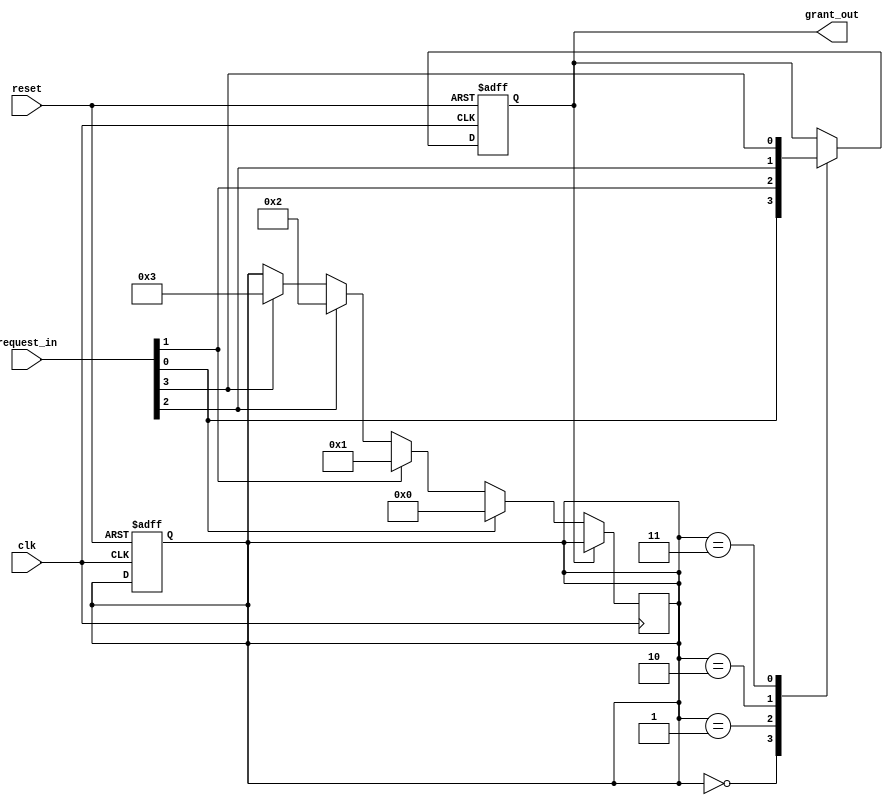
module BinaryTreeArbiter (
    input wire clk,
    input wire reset,
    input wire [N-1:0] request_in,
    output wire grant_out
);

parameter N = 4;

reg [N-1:0] request_priority;
reg grant;

always @ (posedge clk or posedge reset) begin
    if (reset) begin
        request_priority <= 0;
        grant <= 0;
    end else begin
        case(request_priority)
            0: grant <= request_in[0];
            1: grant <= request_in[1];
            2: grant <= request_in[2];
            3: grant <= request_in[3];
        endcase
    end
end

always @ (posedge clk) begin
    if (!grant) begin
        if (request_in[0]) begin
            request_priority <= 0;
        end else if (request_in[1]) begin
            request_priority <= 1;
        end else if (request_in[2]) begin
            request_priority <= 2;
        end else if (request_in[3]) begin
            request_priority <= 3;
        end
    end
end

assign grant_out = grant;

endmodule